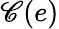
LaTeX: \mathscr{C}(e)